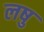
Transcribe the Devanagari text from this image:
लषु